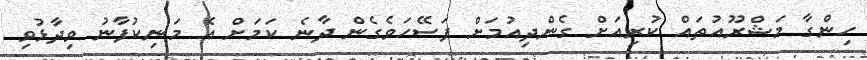
ހިންގާ މަޝްރޫއުތައް ކުރިއަށް ގެންދިއުމަށް ފަސޭހަވެގެން ދާނެ ކަމަށް އެ މަނިކުފާނު ވިދާޅުވި